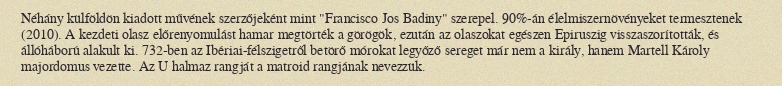
Néhány külföldön kiadott művének szerzőjeként mint "Francisco Jos Badiny" szerepel. 90%-án élelmiszernövényeket termesztenek (2010). A kezdeti olasz előrenyomulást hamar megtörték a görögök, ezután az olaszokat egészen Epiruszig visszaszorították, és állóháború alakult ki. 732-ben az Ibériai-félszigetről betörő mórokat legyőző sereget már nem a király, hanem Martell Károly majordomus vezette. Az U halmaz rangját a matroid rangjának nevezzük.